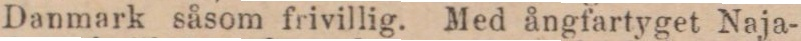
Danmark såsom frivillig. Med ångfartyget Naja-